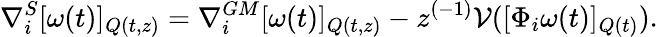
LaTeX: \nabla_{i}^{S}[\omega(t)]_{Q(t,z)}=\nabla_{i}^{GM}[\omega(t)]_{Q(t,z)}-z^{(-1)}\mathcal{V}([\Phi_{i}\omega(t)]_{Q(t)}).